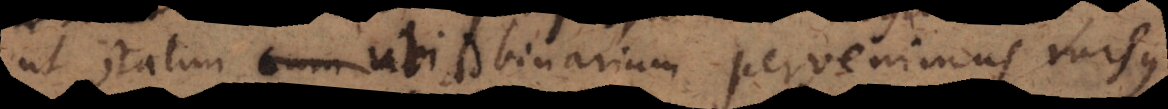
ut statim ubi ad binarium pervenimus rursus